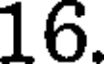
16.